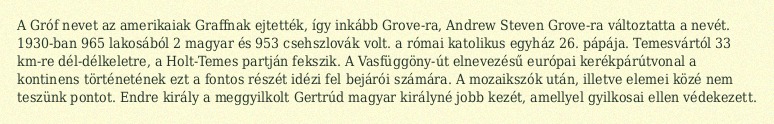
A Gróf nevet az amerikaiak Graffnak ejtették, így inkább Grove-ra, Andrew Steven Grove-ra változtatta a nevét. 1930-ban 965 lakosából 2 magyar és 953 csehszlovák volt. a római katolikus egyház 26. pápája. Temesvártól 33 km-re dél-délkeletre, a Holt-Temes partján fekszik. A Vasfüggöny-út elnevezésű európai kerékpárútvonal a kontinens történetének ezt a fontos részét idézi fel bejárói számára. A mozaikszók után, illetve elemei közé nem teszünk pontot. Endre király a meggyilkolt Gertrúd magyar királyné jobb kezét, amellyel gyilkosai ellen védekezett.